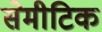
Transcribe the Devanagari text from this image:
सेमीटिक